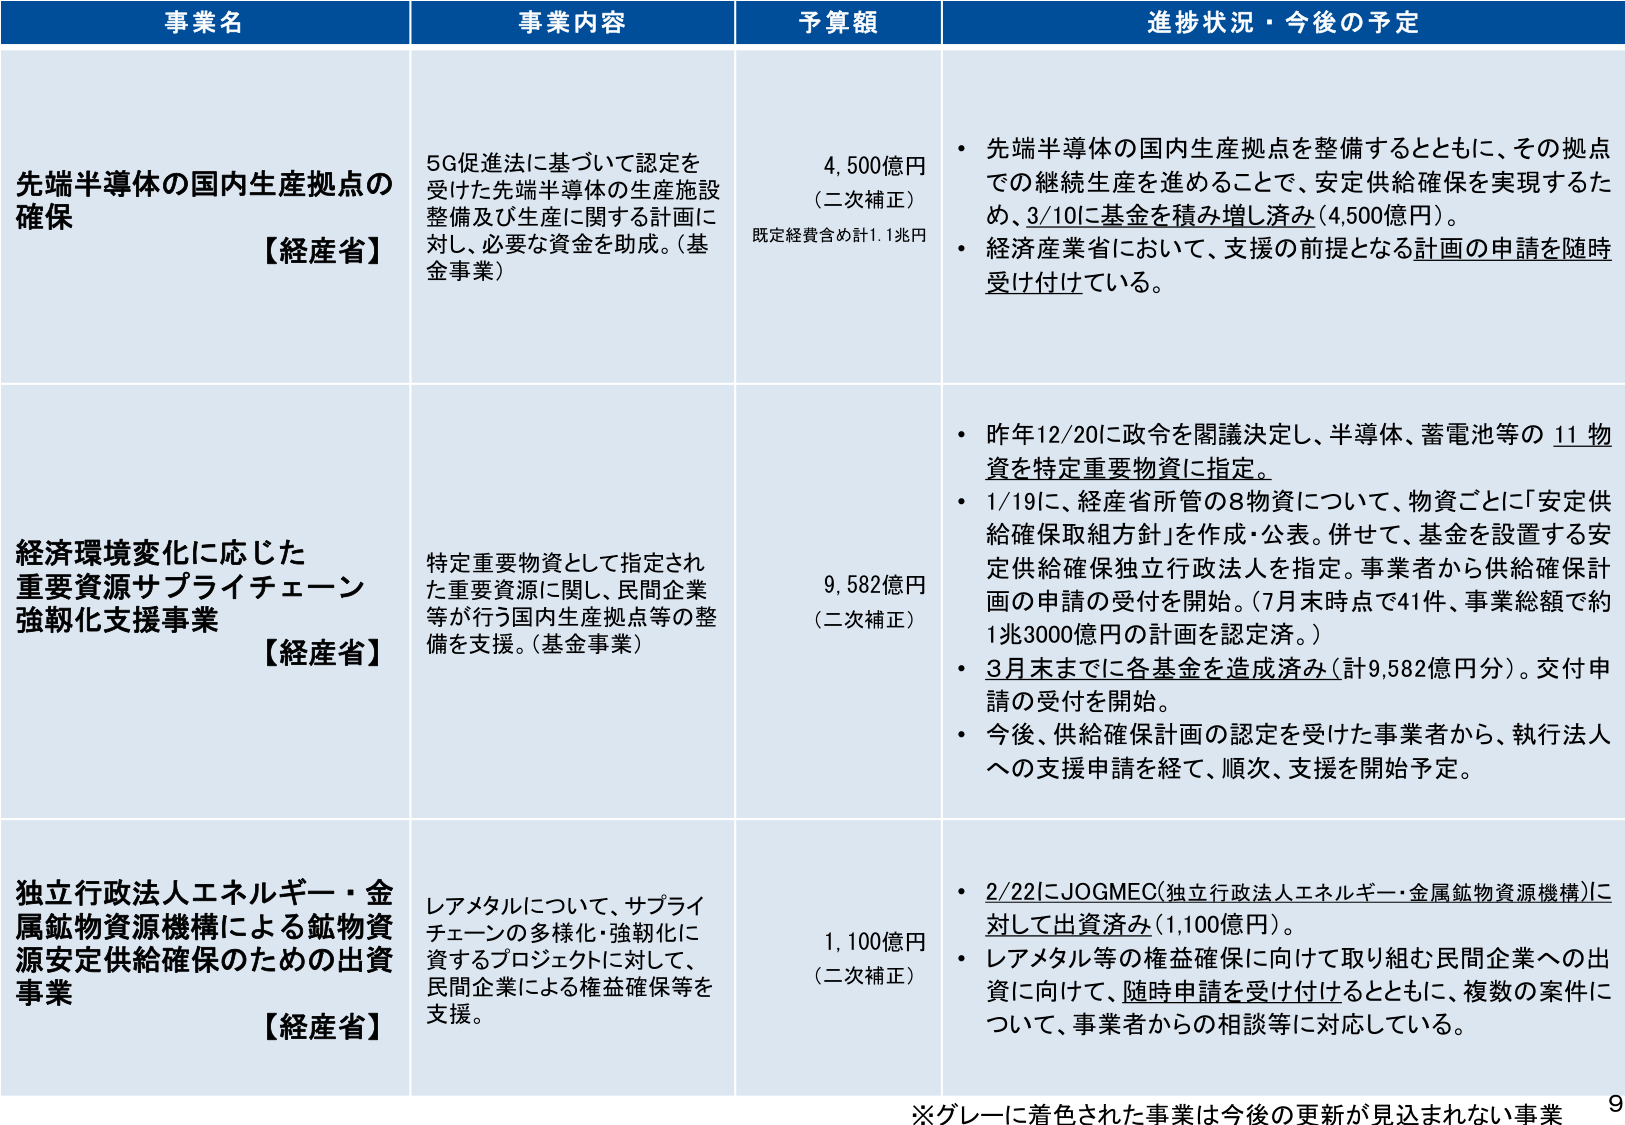
事業名 事業内容 予算額 進捗状況・今後の予定
先端半導体の国内生産拠点の確保 【経産省】 5G促進法に基づいて認定を受けた先端半導体の生産施設整備及び生産に関する計画に対し、必要な資金を助成。（基金事業） 4,500億円 （二次補正） 既定経費含め計1.1兆円 ・先端半導体の国内生産拠点を整備するとともに、その拠点での継続生産を進めることで、安定供給確保を実現するため、3/10に基金を積み増し済み（4,500億円）。 ・経済産業省において、支援の前提となる計画の申請を随時受け付けている。
経済環境変化に応じた重要資源サプライチェーン強靭化支援事業 【経産省】 特定重要物資として指定された重要資源に関し、民間企業等が行う国内生産拠点等の整備を支援。（基金事業） 9,582億円 （二次補正） ・昨年12/20に政令を閣議決定し、半導体、蓄電池等の11物資を特定重要物資に指定。 ・1/19に、経産省所管の8物資について、物資ごとに「安定供給確保取組方針」を作成・公表。併せて、基金を設置する安定供給確保独立行政法人を指定。事業者から供給確保計画の申請の受付を開始。（7月末時点で41件、事業総額で約1兆3000億円の計画を認定済。） ・3月末までに各基金を造成済み（計9,582億円分）。交付申請の受付を開始。 ・今後、供給確保計画の認定を受けた事業者から、執行法人への支援申請を経て、順次、支援を開始予定。
独立行政法人エネルギー・金属鉱物資源機構による鉱物資源安定供給確保のための出資事業 【経産省】 レアメタルについて、サプライチェーンの多様化・強靭化に資するプロジェクトに対して、民間企業による権益確保等を支援。 1,100億円 （二次補正） ・2/22にJOGMEC（独立行政法人エネルギー・金属鉱物資源機構）に対して出資済み（1,100億円）。 ・レアメタル等の権益確保に向けて取り組む民間企業への出資に向けて、随時申請を受け付けるとともに、複数の案件について、事業者からの相談等に対応している。
※グレーに着色された事業は今後の更新が見込まれない事業 9